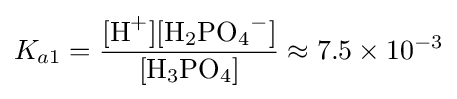
K_{a1}={\frac {[{\ce {H+}}][{\ce {H2PO4-}}]}{[{\ce {H3PO4}}]}}\approx 7.5\times 10^{-3}